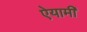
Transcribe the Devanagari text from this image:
ऐयामी